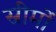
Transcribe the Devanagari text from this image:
स्रीमों